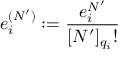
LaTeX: e _ { i } ^ { ( N ^ { \prime } ) } : = \frac { e _ { i } ^ { N ^ { \prime } } } { [ N ^ { \prime } ] _ { q _ { i } } ! }